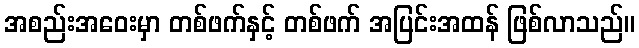
အစည်းအဝေးမှာ တစ်ဖက်နှင့် တစ်ဖက် အပြင်းအထန် ဖြစ်လာသည်။